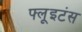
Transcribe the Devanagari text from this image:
फ्लूइटंस